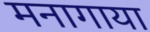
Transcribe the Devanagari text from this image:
मनागाया